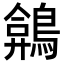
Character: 𪂻